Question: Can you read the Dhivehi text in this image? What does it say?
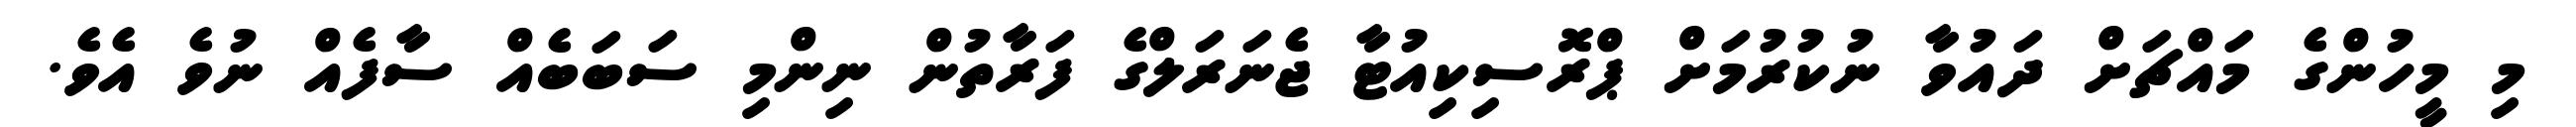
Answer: މި މީހުންގެ މައްޗަށް ދައުވާ ނުކުރުމަށް ޕްރޮސިކިއުޓާ ޖެނަރަލްގެ ފަރާތުން ނިންމި ސަބަބެއް ސާފެއް ނުވެ އެވެ.